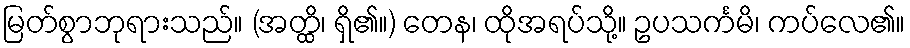
မြတ်စွာဘုရားသည်။ (အတ္ထိ၊ ရှိ၏။) တေန၊ ထိုအရပ်သို့။ ဥပသင်္ကမိ၊ ကပ်လေ၏။